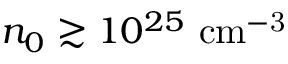
n _ { 0 } \gtrsim 1 0 ^ { 2 5 } ~ \mathrm { { c m } ^ { - 3 } }